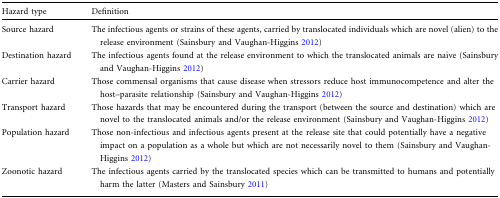
<table><thead><tr><td><b>Hazard type</b></td><td><b>Definition</b></td></tr></thead><tbody><tr><td>Source hazard</td><td>The infectious agents or strains of these agents, carried by translocated individuals which are novel (alien) to the release environment (Sainsbury and Vaughan-Higgins 2012)</td></tr><tr><td>Destination hazard</td><td>The infectious agents found at the release environment to which the translocated animals are naïve (Sainsbury and Vaughan-Higgins 2012)</td></tr><tr><td>Carrier hazard</td><td>Those commensal organisms that cause disease when stressors reduce host immunocompetence and alter the host–parasite relationship (Sainsbury and Vaughan-Higgins 2012)</td></tr><tr><td>Transport hazard</td><td>Those hazards that may be encountered during the transport (between the source and destination) which are novel to the translocated animals and/or the release environment (Sainsbury and Vaughan-Higgins 2012)</td></tr><tr><td>Population hazard</td><td>Those non-infectious and infectious agents present at the release site that could potentially have a negative impact on a population as a whole but which are not necessarily novel to them (Sainsbury and Vaughan-Higgins 2012)</td></tr><tr><td>Zoonotic hazard</td><td>The infectious agents carried by the translocated species which can be transmitted to humans and potentially harm the latter (Masters and Sainsbury 2011)</td></tr></tbody></table>